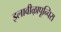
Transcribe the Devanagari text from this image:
इलावीऴापून्चिरा